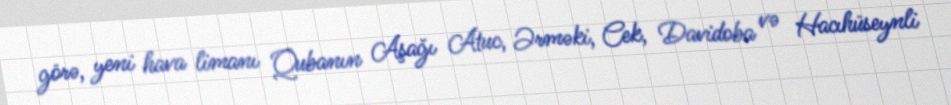
görə, yeni hava limanı Qubanın Aşağı Atuc, Ərməki, Cek, Davidoba və Hacıhüseynli